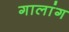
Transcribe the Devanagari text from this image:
गालांग